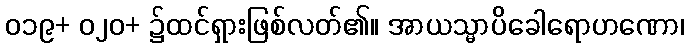
၀၁၉+ ၀၂၀+ ၌ထင်ရှားဖြစ်လတ်၏။ အာယသ္မာပိခေါရောဟဏော၊